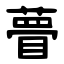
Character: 瞢